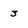
Character: 3